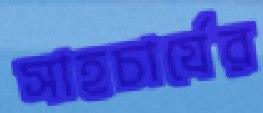
সাহচার্যের